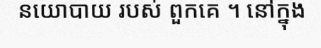
នយោបាយ របស់ ពួកគេ ។ នៅក្នុង